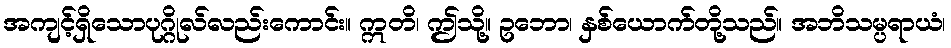
အကျင့်ရှိသောပုဂ္ဂိုလ်လည်းကောင်း။ ဣတိ၊ ဤသို့။ ဥဘော၊ နှစ်ယောက်တို့သည်။ အဘိသမ္ပရာယံ၊